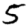
Digit: 5